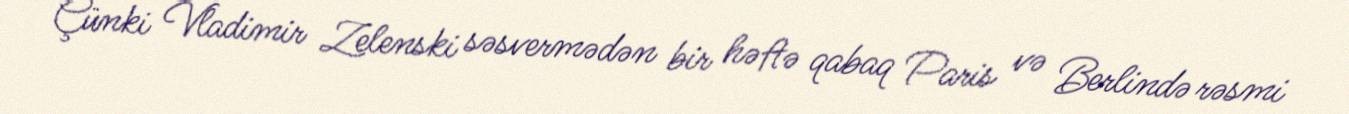
Çünki Vladimir Zelenski səsvermədən bir həftə qabaq Paris və Berlində rəsmi